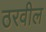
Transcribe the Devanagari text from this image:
ठरवील